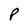
Character: P